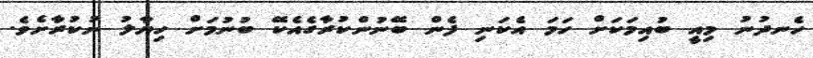
ހެނދުނު މިއީ ބުއިމަކަށް ހަމަ އެކަނި ފެން ބޭނުންކުރާގެއެކޭ ބުނުމަށް ހިޔާލު ނުކުރާށެވެ.